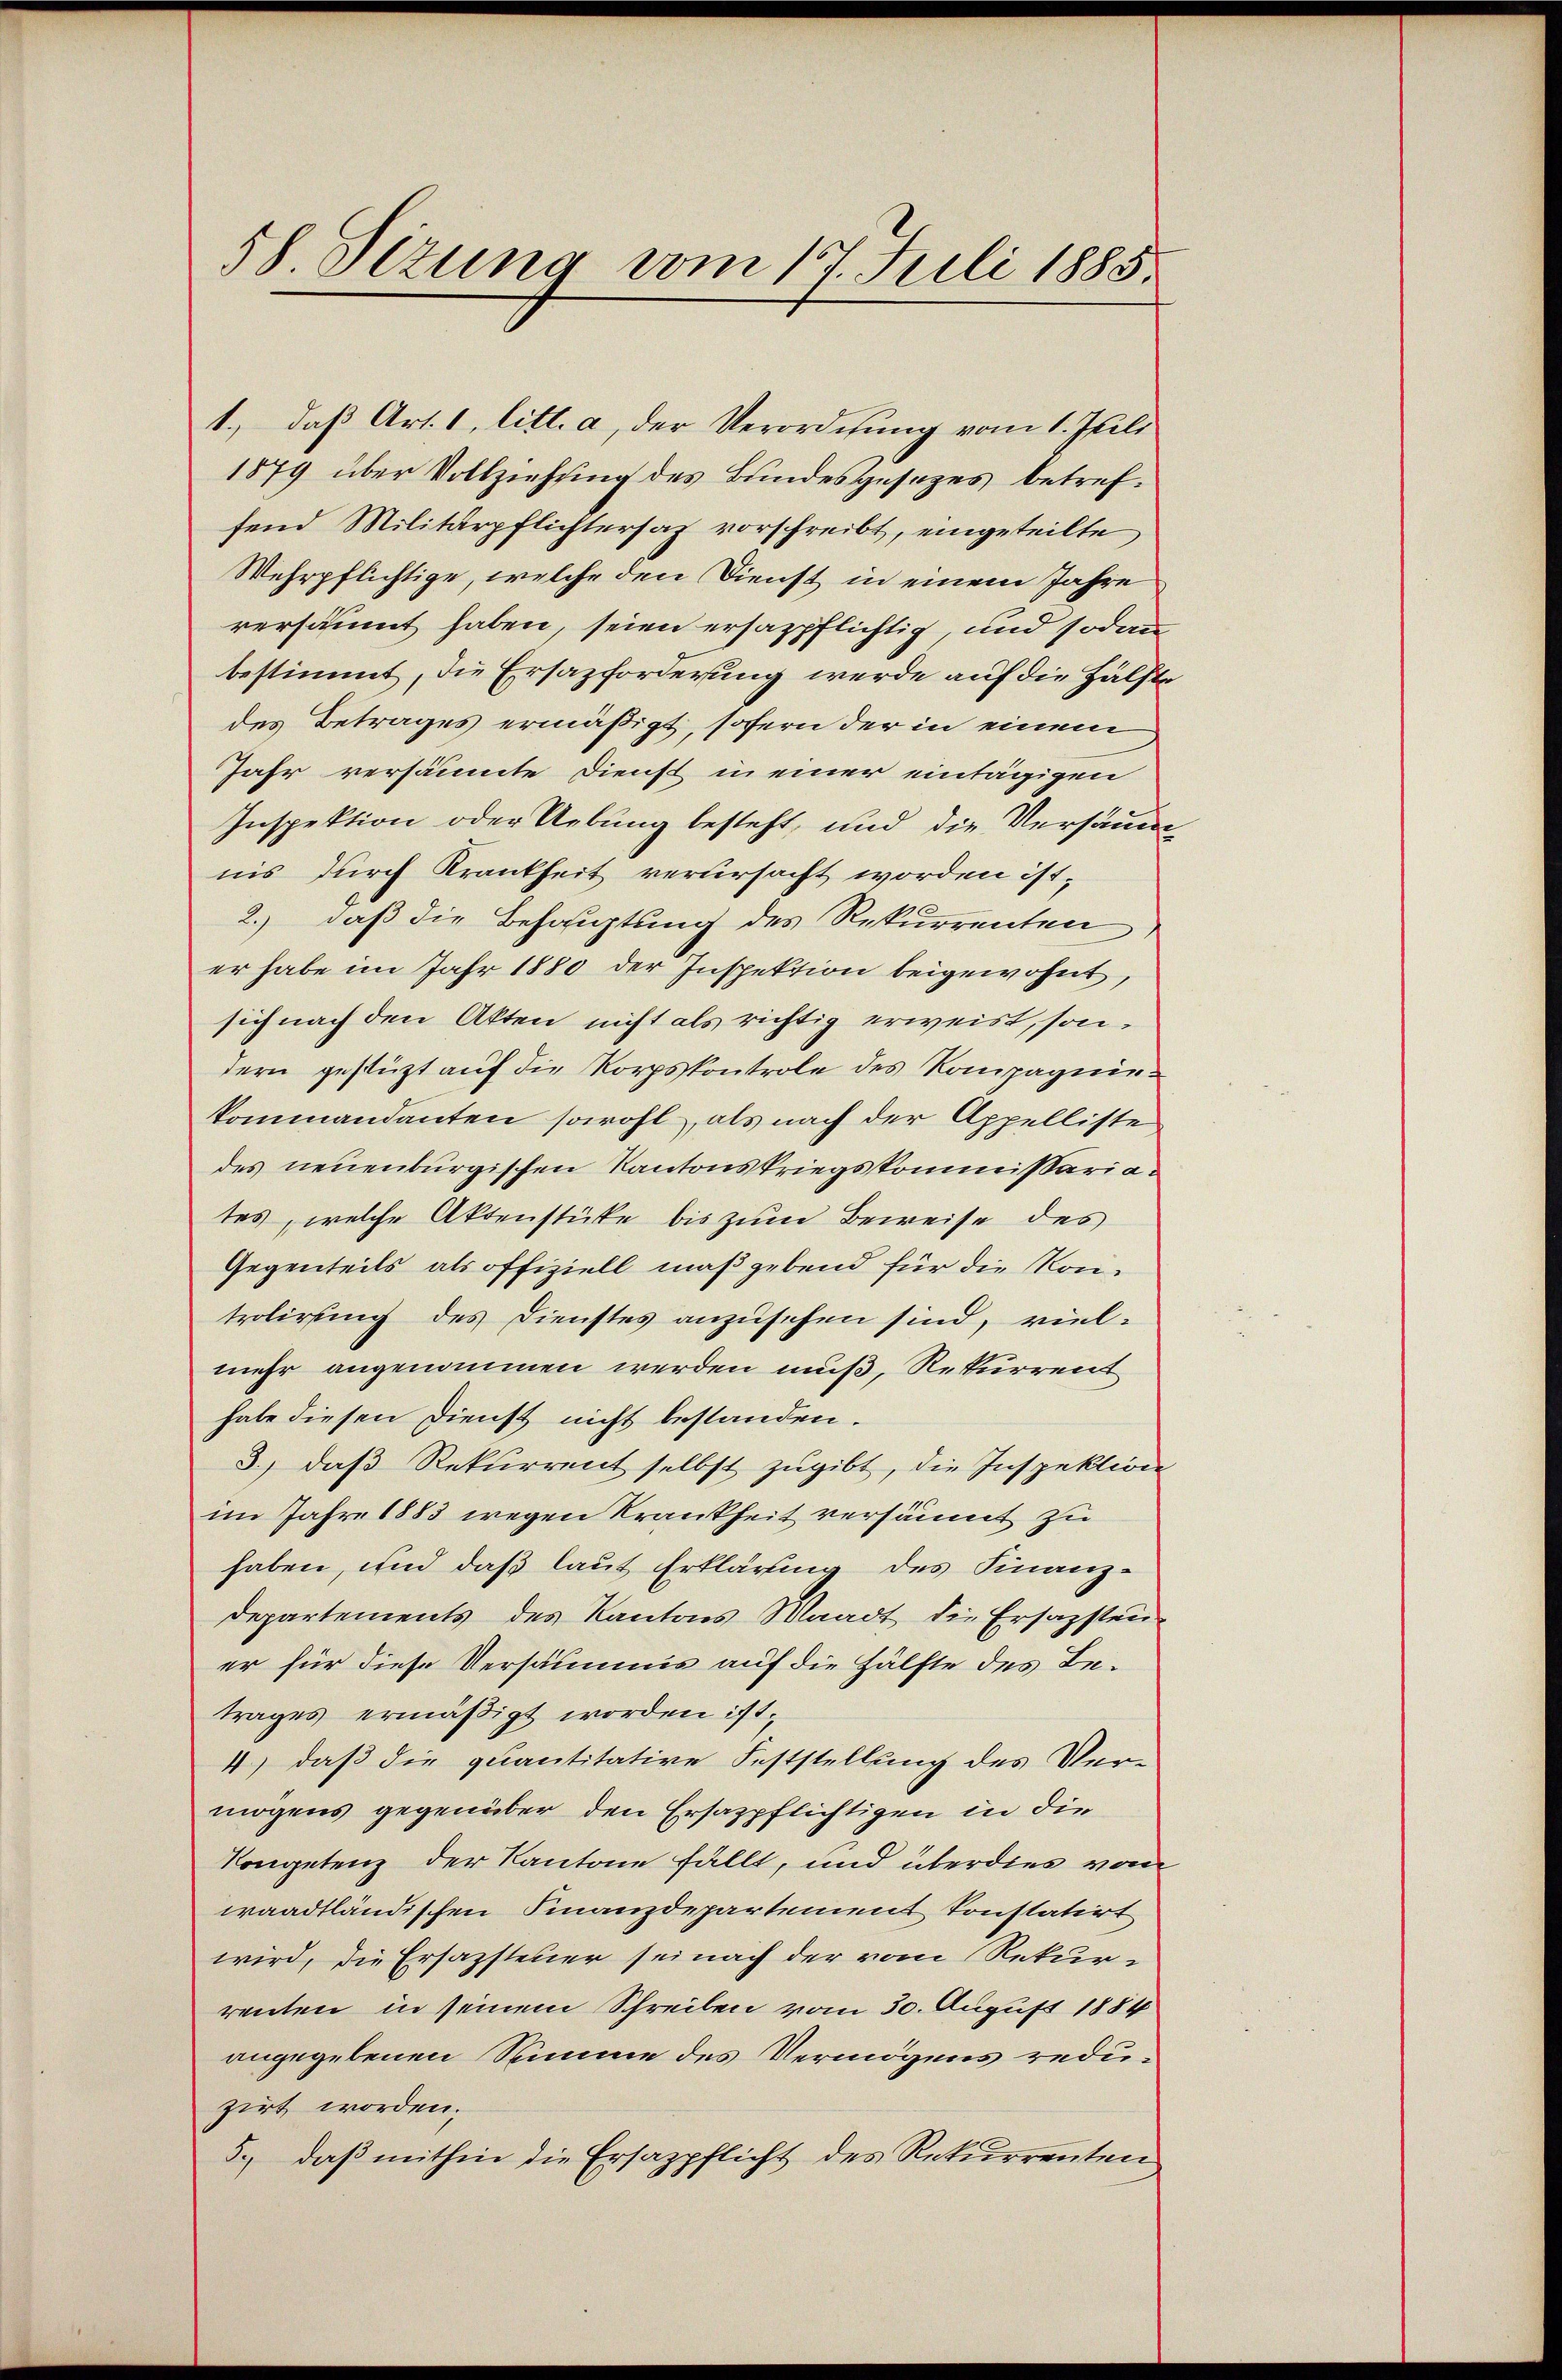
58 Sizung vom 17. Juli 1885.

1., daß Art. 1, litt. a, der Verordnung vom 1. Juli
1879 über Vollziehung des Bundesgesetzes betreffend Militärpflichtersaz vorschreibt, eingeteilte
Wehrpflichtige, welche den Dienst in einem Jahre
versäumt haben, seien ersazpflichtig, und sodann
bestimmt, die Ersazforderung werde auf die Hälfte
des Betrages ermäßigt, sofern der in einem
Jahr versäumte Dienst in einer eintägigen
Inspektion oder Uebung besteht, und die Versäum
nis durch Krankheit verursacht worden ist,
2.) daß die Behauptung des Rekurrenten,
er habe im Jahr 1880 der Inspektion beigewohnt,
sich nach den Akten nicht als richtig erweist, sondern gestützt auf die Korpskontrole des Kompagniekommandanten sowohl, als nach der Appelliste
des neuenburgischen Kantonskriegskommissariates, welche Aktenstüke bis zum Beweise des
Gegenteils als offiziell maßgebend für die Kontrolirung des Dienstes anzusehen sind, vielmehr angenommen werden muß, Rekurrent
habe diesen Dienst nicht bestanden.
3.) daß Rekurrent selbst zugibt, die Inspektion
im Jahre 1883 wegen Krankheit versäumt zu
haben, und daß laut Erklärung des Finanz-
Departements des Kantons Waadt die Ersagsten
er für diese Versäumis auf die Hälfte des Betrages ermäßigt worden ist.
4.) daß die quantitative Feststellung des Ver-
mögens gegenüber den Ersazpflichtigen in die
Kompetenz der Kantone fällt, und überdies von
waadtländischen Finanzdepartement konstatirt
wird, die Ersazsteuer sei nach der vom Rekurrenten in seinem Schreiben vom 30. August 1884
angegebenen Summe des Vermögens reduzirt worden.
5., daβ mithin die Ersazpflicht des Rekurrenten